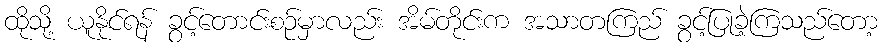
ထိုသို့ ယူနိုင်ရန် ခွင့်တောင်းစဉ်မှာလည်း အိမ်တိုင်းက အသာတကြည် ခွင့်ပြုခဲ့ကြသည်တော့